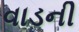
વાડની